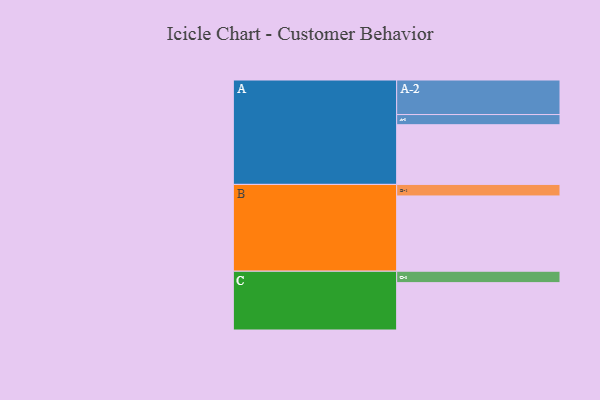
{"axis": {"x": "Segment", "y": "Value"}, "legend": ["", "A", "B", "C"], "data": [{"x": "A", "y": 475, "type": ""}, {"x": "B", "y": 599, "type": ""}, {"x": "C", "y": 377, "type": ""}, {"x": "A-1", "y": 81, "type": "A"}, {"x": "A-2", "y": 275, "type": "A"}, {"x": "B-1", "y": 92, "type": "B"}, {"x": "C-1", "y": 91, "type": "C"}]}